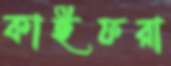
কাইফরা